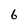
Character: 6